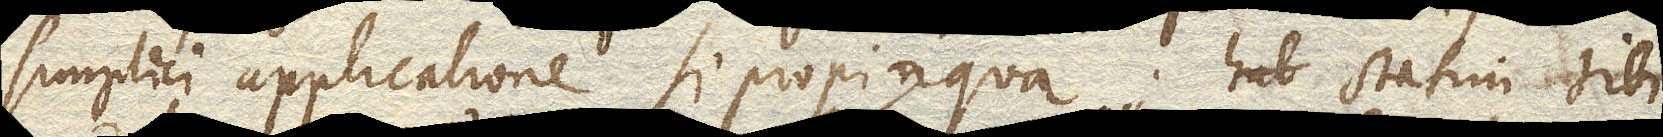
simplici applicatione si propinqua; statim tibi